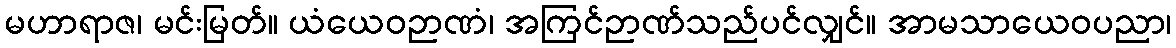
မဟာရာဇ၊ မင်းမြတ်။ ယံယေဝဉာဏံ၊ အကြင်ဉာဏ်သည်ပင်လျှင်။ အာမသာယေဝပညာ၊